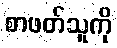
စာဖတ်သူကို